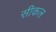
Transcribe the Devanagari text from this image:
सीकल